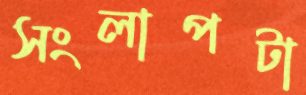
সংলাপটা